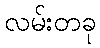
လမ်းတခု